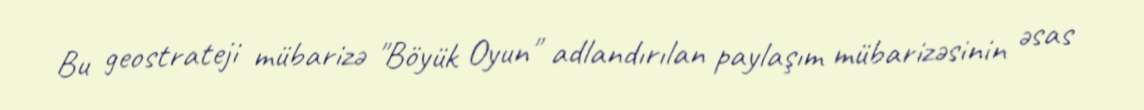
Bu geostrateji mübarizə "Böyük Oyun" adlandırılan paylaşım mübarizəsinin əsas